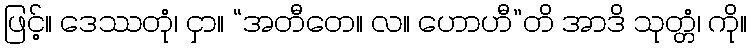
ဖြင့်။ ဒေဿတုံ၊ ငှာ။ “အတီတေ။ လ။ ဟောဟီ”တိ အာဒိ သုတ္တံ၊ ကို။